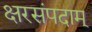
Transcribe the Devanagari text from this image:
क्षरसंपदाम्